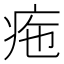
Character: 𤵚